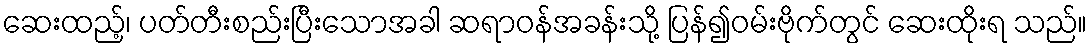
ဆေးထည့်၊ ပတ်တီးစည်းပြီးသောအခါ ဆရာဝန်အခန်းသို့ ပြန်၍ဝမ်းဗိုက်တွင် ဆေးထိုးရ သည်။